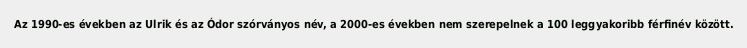
Az 1990-es években az Ulrik és az Ódor szórványos név, a 2000-es években nem szerepelnek a 100 leggyakoribb férfinév között.